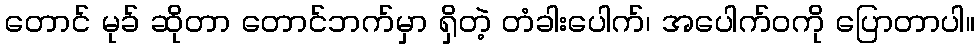
တောင် မုခ် ဆိုတာ တောင်ဘက်မှာ ရှိတဲ့ တံခါးပေါက်၊ အပေါက်ဝကို ပြောတာပါ။